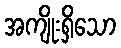
အကျိုးရှိသော